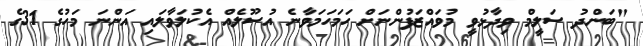
"ބަންދު ސަލީމް ވިދާޅުވީ މުވައްޒަފުންނަށް ހަމަހަމަވާނެ އުސޫލެއް އެކުލަވާލައި އަންނަ މަހުގެ 31ގެ